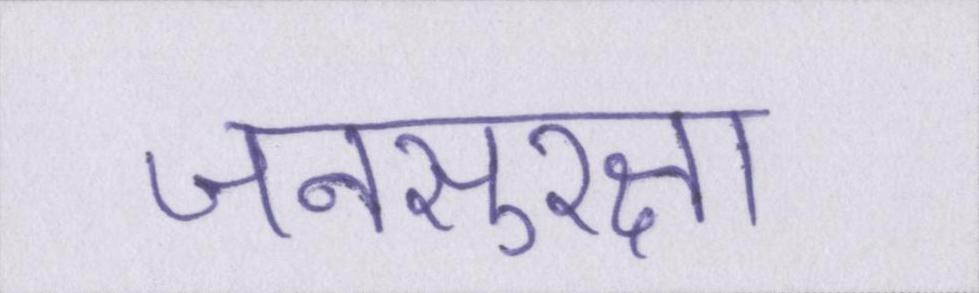
जनसुरक्षा